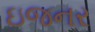
ઇજનર